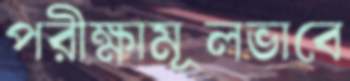
পরীক্ষামূলভাবে